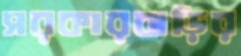
সরকারবাড়ির